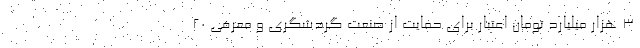
۳ هزار میلیارد تومان اعتبار برای حمایت از صنعت گردشگری و معرفی ۲۰